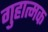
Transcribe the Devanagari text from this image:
गुहात्मक